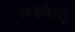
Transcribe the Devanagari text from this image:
लढवैय्ये